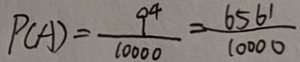
P ( A ) = \frac { 9 ^ { 4 } } { 1 0 0 0 0 } = \frac { 6 5 6 ^ { \prime } } { 1 0 0 0 0 }